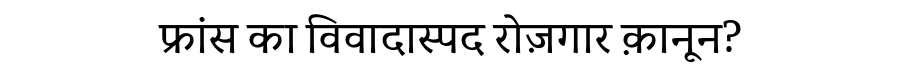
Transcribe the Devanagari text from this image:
फ्रांस का विवादास्पद रोज़गार क़ानून?